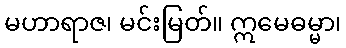
မဟာရာဇ၊ မင်းမြတ်။ ဣမေဓမ္မာ၊